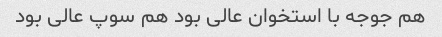
هم جوجه با استخوان عالی بود هم سوپ عالی بود